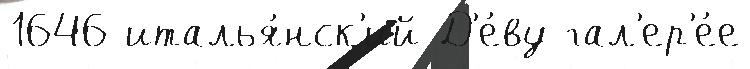
1646 италья́нск'ий Д'е́ву гал'ер'е́е